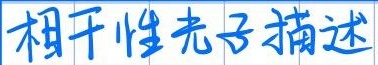
相干性光子描述